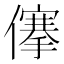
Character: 𠏯